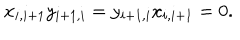
LaTeX: x _ { i , i + 1 } y _ { i + 1 , i } = y _ { i + 1 , i } x _ { i , i + 1 } = 0 .